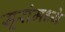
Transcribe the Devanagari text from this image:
सूरांमध्ये